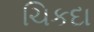
ચિકદા